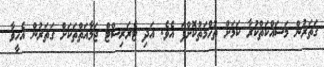
ގަތަރުން މަސައްކަތްކުރާ ކަމަށް ތުހްމަތުކޮށްފަ އެވެ. އަދި ޓެރަރިސްޓް ޖަމާއަތްތަކަށް ގަތަރުން އެހީވާ